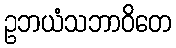
ဥဘယံသဘာဝိတေ